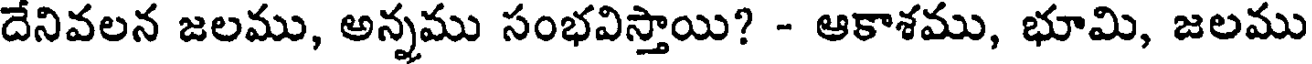
దేనివలన జలము, అన్నము సంభవిస్తాయి? - ఆకాశము, భూమి, జలము